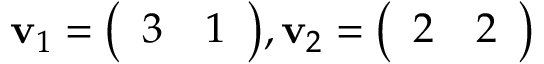
\mathbf { v } _ { 1 } = { \left( \begin{array} { l l } { 3 } & { 1 } \end{array} \right) } , \mathbf { v } _ { 2 } = { \left( \begin{array} { l l } { 2 } & { 2 } \end{array} \right) }